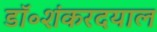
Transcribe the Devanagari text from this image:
डॉ॰शंकरदयाल